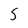
Character: 5